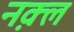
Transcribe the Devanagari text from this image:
नक़्ल